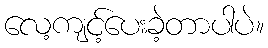
လေ့ကျင့်ပေးခဲ့တာပါပဲ။